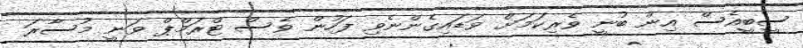
ސީބީއެސް އިން ބުނީ ވެރިކަމަށް ވަޑައިގެންނެވި ފަހުން ވެސް ޓްރަމްޕް ވަނީ މުސާރަ